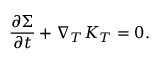
\frac { \partial \Sigma } { \partial t } + \nabla _ { T } K _ { T } = 0 .